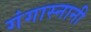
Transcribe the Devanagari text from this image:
गंगास्नानी